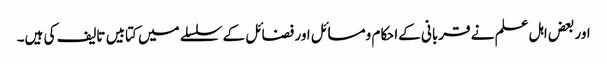
اور بعض اہل علم نے قربانی کےاحکام ومسائل اور فضائل کے سلسلے میں کتابیں تالیف کی ہیں۔